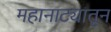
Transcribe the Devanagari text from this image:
महानाट्यातून